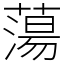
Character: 蕩